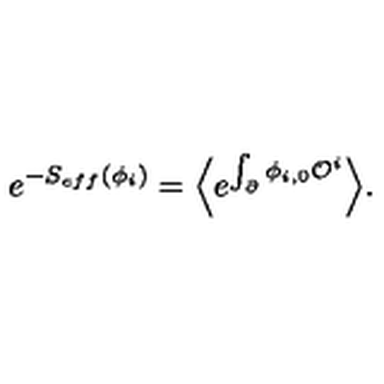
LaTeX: e ^ { - S _ { e f f } ( \phi _ { i } ) } = \Bigl \langle e ^ { \int _ { \partial } \phi _ { i , 0 } { \cal O } ^ { i } } \Bigr \rangle .